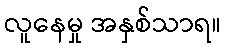
လူနေမှု အနှစ်သာရ။